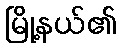
မြို့နယ်၏